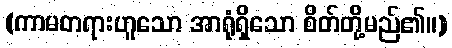
(ကာမတရားဟူသော အာရုံရှိသော စိတ်တို့မည်၏။)